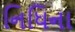
નિધિના